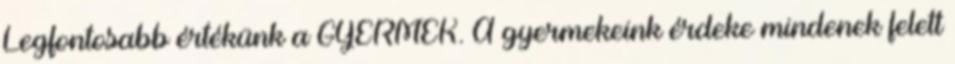
Legfontosabb értékünk a GYERMEK. A gyermekeink érdeke mindenek felett